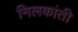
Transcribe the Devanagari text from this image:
निलकांती